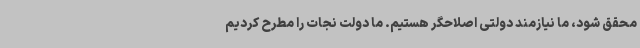
محقق شود، ما نیازمند دولتی اصلاحگر هستیم. ما دولت نجات را مطرح کردیم